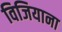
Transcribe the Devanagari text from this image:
विजियाना